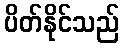
ပိတ်နိုင်သည်